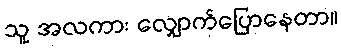
သူ အလကား လျှောက်ပြောနေတာ။